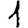
Digit: 1